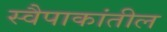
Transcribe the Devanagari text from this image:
स्वैपाकांतील